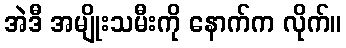
အဲဒီ အမျိုးသမီးကို နောက်က လိုက်။